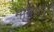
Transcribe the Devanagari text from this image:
मानसगुरु